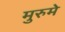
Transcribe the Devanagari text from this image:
मुरुमे